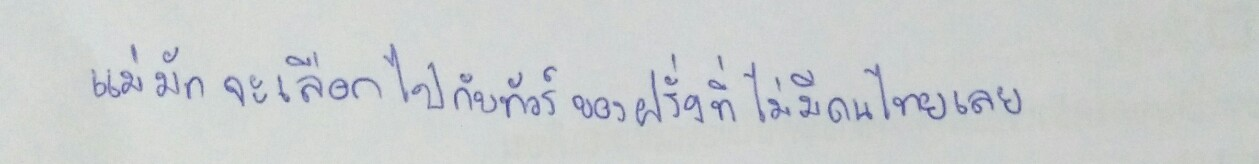
แม่มักจะเลือกไปกับทัวร์ของฝรั่งที่ไม่มีคนไทยเลย